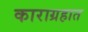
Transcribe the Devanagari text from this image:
काराग्रहात